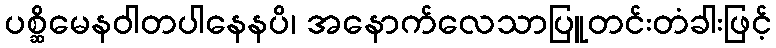
ပစ္ဆိမေနဝါတပါနေနပိ၊ အနောက်လေသာပြူတင်းတံခါးဖြင့်